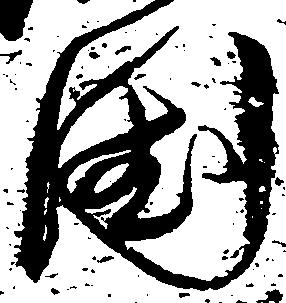
国